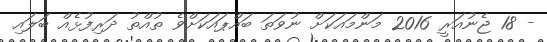
- 18 ޖެނުއަރީ 2016 މަންމައަކަށް ނުވަތަ ބައްޕައަކަށްވެ ތުއްތު ދަރިފުޅެއް ބަލައި